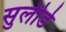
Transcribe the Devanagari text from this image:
सुलीडे